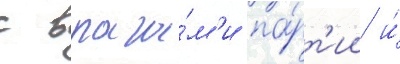
с врага́м'и па́рт'ии и́